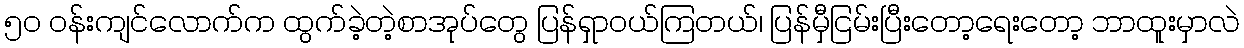
၅၀ ဝန်းကျင်လောက်က ထွက်ခဲ့တဲ့စာအုပ်တွေ ပြန်ရှာဝယ်ကြတယ်၊ ပြန်မှီငြမ်းပြီးတော့ရေးတော့ ဘာထူးမှာလဲ